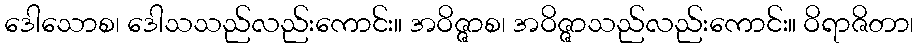
ဒေါသောစ၊ ဒေါသသည်လည်းကောင်း။ အဝိဇ္ဇာစ၊ အဝိဇ္ဇာသည်လည်းကောင်း။ ဝိရာဇိတာ၊